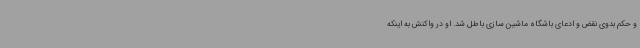
و حکم بدوی نقض و ادعای باشگاه ماشین سازی باطل شد. او در واکنش به اینکه